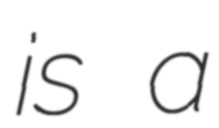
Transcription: is a